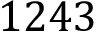
1 2 4 3